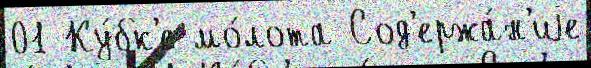
01 Ку́бк'е мо́лота Сод'ержа́н'иjе